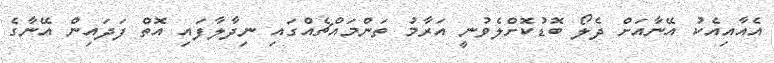
އެއާއިއެކު އޭނާއަށް ދެލޯ ބޮޑުކޮށްލެވުނީ އަރާމު ތަންމައްޗެއްގައި ނިދާލާފައި އޮތް ފަދައިން އޭނާގެ